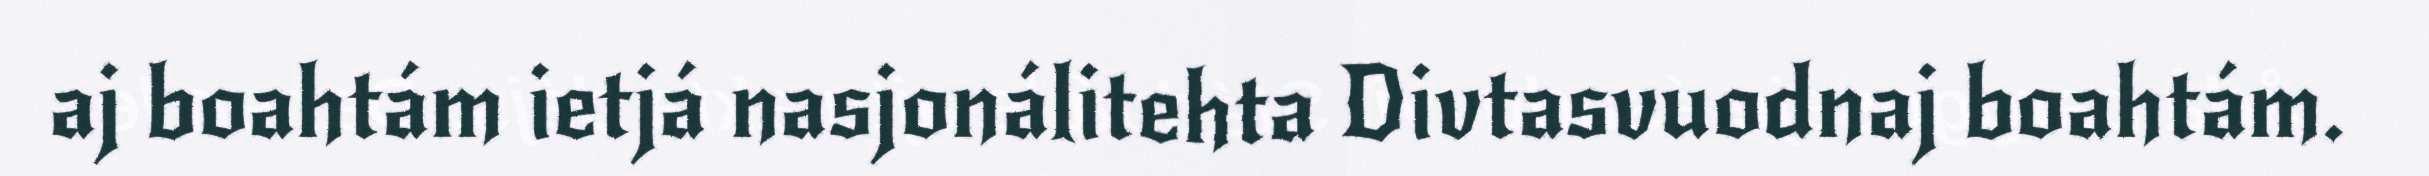
aj boahtám ietjá nasjonálitehta Divtasvuodnaj boahtám.